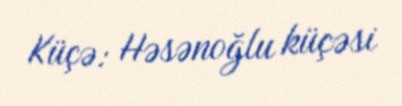
Küçə: Həsənoğlu küçəsi